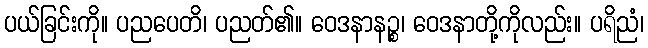
ပယ်ခြင်းကို။ ပညပေတိ၊ ပညတ်၏။ ဝေဒနာနဉ္စ၊ ဝေဒနာတို့ကိုလည်း။ ပရိညံ၊